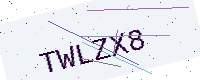
Text: TWLZX8